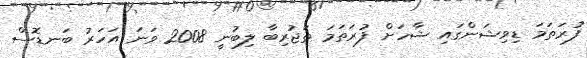
ފުރަތަމަ ޑިވިޝަންގައި ޝާހަށް ފުރަތަމަ ތަޖުރިބާ ލިބުނީ 2008 ވަނަ އަހަރު ބަނޑޮސް